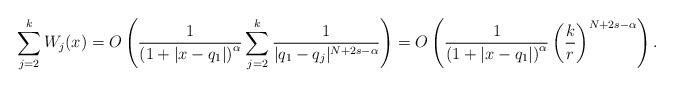
LaTeX: \begin{align*}\sum\limits_{j=2}^k W_j(x)=O\left(\frac{1}{\left(1 + |x-q_1|\right)^{\alpha}} \sum\limits_{j=2}^k \frac1{|q_1-q_j|^{N+2s-\alpha}} \right)=O\left(\frac{1}{\left(1 +|x-q_1|\right)^{\alpha}}\left(\frac{k}{r}\right)^{N+2s-\alpha}\right).\end{align*}